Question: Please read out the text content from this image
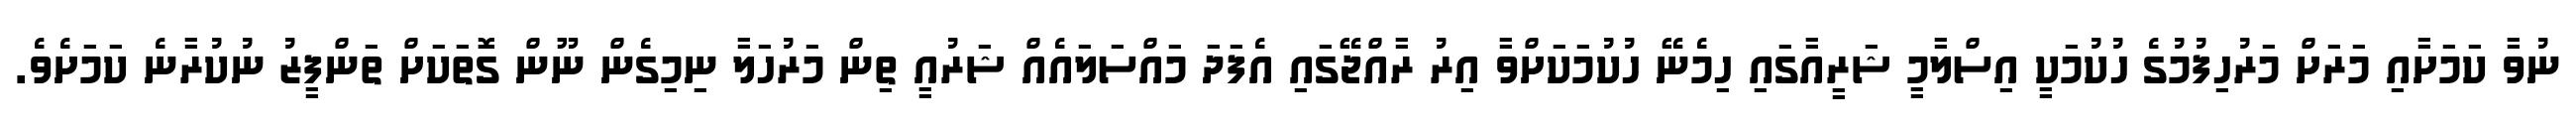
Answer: ނުވާ ކަމަށާއި މަރަށް މަރުހިފުމުގެ ހުކުމަކީ އިސްލާމީ ޝަރީއާގައި ހިމެނޭ ހުކުމަކަށްވާ އިރު ރާއްޖޭގައި އެފަދަ މައްސަލައެއް ޝަރުއީ ތިން މަރުހަލާ ނިމިގެން ނޫން ގޮތަކަށް ތަންފީޒު ނުކުރާނެ ކަމަށެވެ.